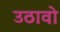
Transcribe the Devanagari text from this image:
उठावो